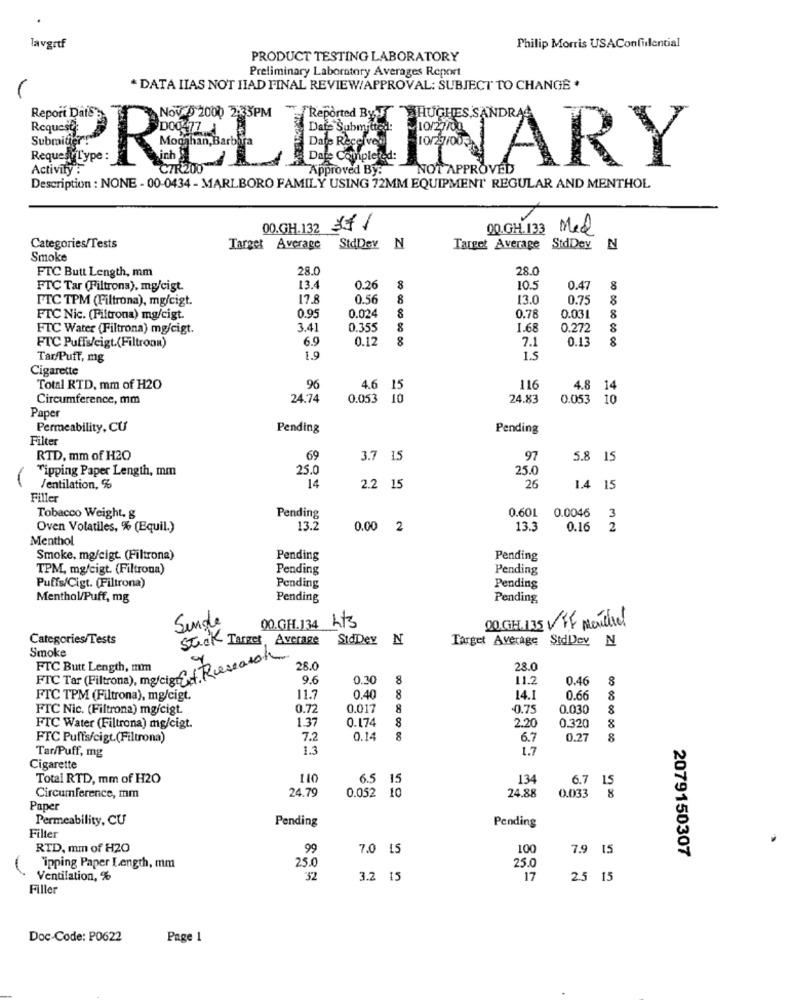
Philip Morris USAConfidential
lavgrtf
PRODUCT TESTING LABORATORY
Preliminary Laboratory Averages Report
* DATA IIAS NOT HIAD FINAL REVIEW/APPROVAL: SUBJECT TO CHANGE .
HUGHES,SANDRA
Request
Submitier
Activity :
PRELIMINARY
Description : NONE - 00-0434 - MARLBORO FAMILY USING 72MM EQUIPMENT REGULAR AND MENTHOL
00.GH.132 37/
00.GH. 133 Med
Categories/Tests
Target Average
StdDer N
Target Average StdDey
N
Smoke
FTC Butt Length, mm
28.0
28.0
FTC Tar (Filtrona), mg/cigt.
13.4
0.20
8
10.5
0.47
8
FTC TPM (Filtrona), mg/cigt.
17.8
0.56
8
13.0
0.75
8
0.95
0.024
0.78
FTC Nic. (Filtrona) mg/cigt.
0.031
8
FTC Water (Filtrona) mg/cigt.
3.41
0.355
8
1.68
0.272
FTC Puffs/cigt.(Filtronn)
6.9
0.12
0.13
7.1
Tar/Puff, mg
1.9
1.5
Cigarette
Total RTD, mm of H2O
96
4.6 15
116
4.8 14
Circumference, mm
24.74
0.053 10
24.83
0.053 10
Paper
Permeability, CU
Pending
Pending
Filter
RTD, mm of H2O
65
3.7 15
97
5.8 15
Tipping Paper Length, mm
25.0
25.0
14
Ventilation, %
2.2 15
26
1.4 15
Filler
0.601
0.0046
Tobacco Weight, g
Pending
3
Oven Volatiles, % (Equil.)
13.2
0.00 2
13.3
0.16
2
Menthol
Smoke, mg/cigt. (Filtrona)
Pending
Pending
TPM, mg/cigt. (Filtrona)
Pending
Pending
Puffs/Cigt. (Filtrona)
Pending
Pending
Menthol/Puff, mg
Pending
Pending,
Sende
00.GH.134 Lts
00 GH. 135 V FF mentre!
Categories/Tests
StdDey
N
Target Average StdDev N
Smoke
Steck Target, Average
FTC Butt Length, mm
FTC Tar (Filtrona), me/cig + Rcessation
28.0
28.0
9.6
0.30
8
11.2
0.46
8
FTC TPM (Filtrona), mg/cigt.
11.7
0.40
8
14.1
0.66
8
FTC Nic. (Filtrona) mg/cigt.
0.72
0.017
8
-0.75
0.030
1.37
0.174
8
2.20
FTC Water (Filtrona) mg/cigt.
0.320
FTC Puffs/cigt(Filtrona)
7.2
0.14
8
6.7
0.27
8
Tar/Puff, mg
1.3
1.7
Cigarette
Total RTD, mm of H2O
110
6.5 15
134
24.79
0.052 10
6.7
Circumference, mm
24.88
0.033 %
Paper
Permeability, CU
Pending
Pending
Filter
RTD. mm of H2O
99
7.0 15
100
7.9 15
2079150307
`ipping Paper Length, mm
25.0
25.0
Ventilation, %
32
3.2 15
17
2.5 15
Filler
Doc-Code: P0622
Page 1